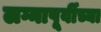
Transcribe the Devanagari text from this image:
लग्नापूर्वीच्या